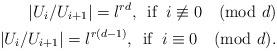
LaTeX: \begin{align*}| U_i / U_{i+1}|= l^{rd}, \,\,\, {\rm if} \,\,\, i \not\equiv 0 \pmod{d} \\ \,\,\, |U_i / U_{i+1}|= l^{r(d-1)}, \,\,\, {\rm if} \,\,\, i \equiv 0 \pmod{d}.\end{align*}